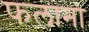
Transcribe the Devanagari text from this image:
फलाना